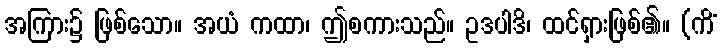
အကြား၌ ဖြစ်သော။ အယံ ကထာ၊ ဤစကားသည်။ ဥဒပါဒိ၊ ထင်ရှားဖြစ်၏။ (ကိံ